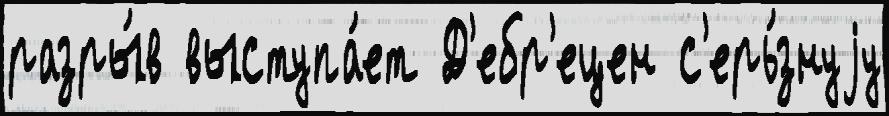
разры́в выступа́ет Д'ебр'ецен с'ерь́знуjу